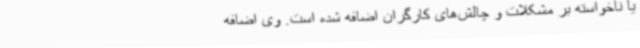
یا ناخواسته بر مشکلات و چالش‌های کارگران اضافه شده‌ است. وی اضافه